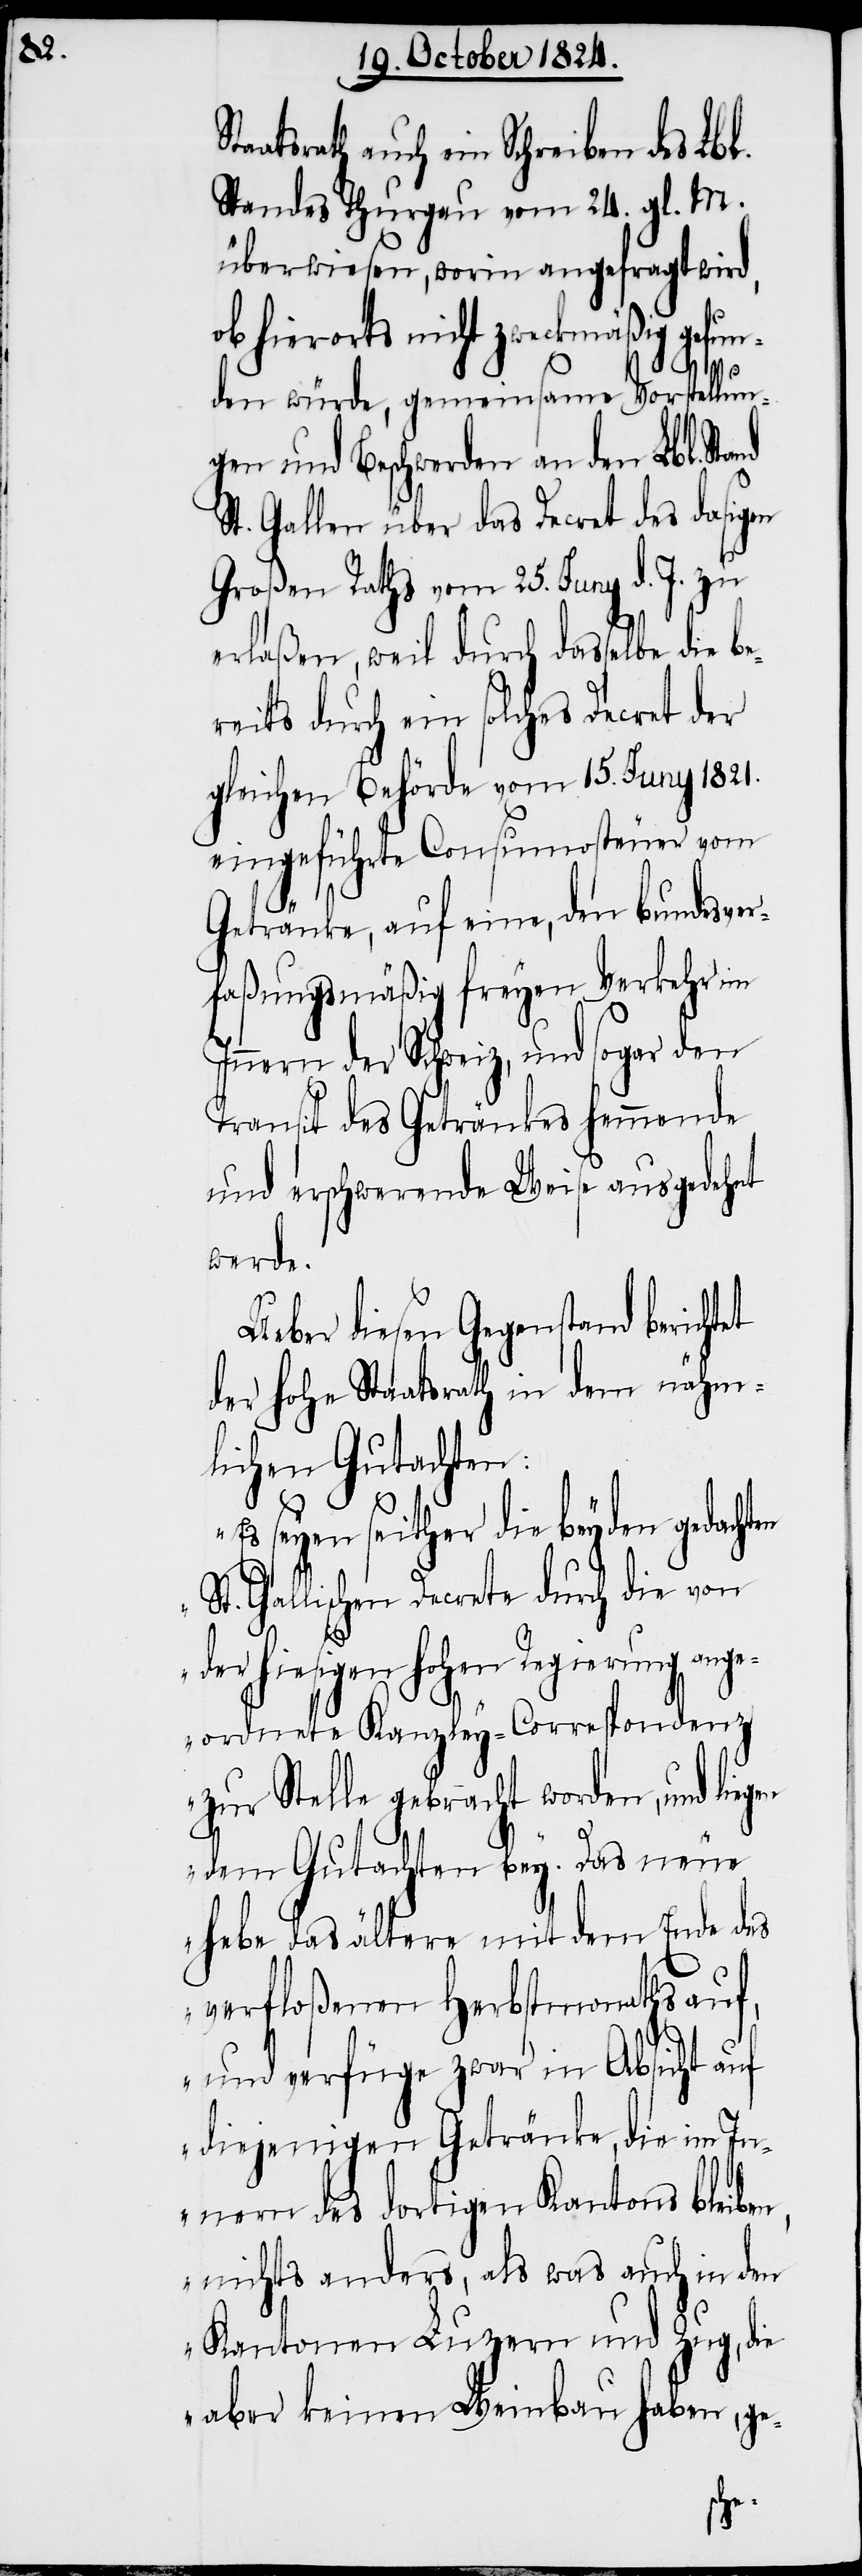
taatsrath auch ein Schreiben des Lbl.
Standes Thurgau vom 24. gl. M.
überwiesen, worin angefragt wird,
ob hierorts nicht zweckmäßig gefun¬
den würde, gemeinsame Vorstellun¬
gen und Beschwerden an den Lbl. Stand
St. Gallen über das Decret des dasigen
Großen Raths vom 25. Juny d. J. zu
erlaßen, weil durch dasselbe die be¬
reits durch ein solches Decret der
gleichen Behörde vom 15. Juny 1821.
eingeführte Consumosteuer vom
gen
Getränke, auf eine, den bundesver¬
faßungsmäßig freyen Verkehr im
Innern der Schweiz, und sogar den
Transit des Getränkes hemmende
und erschwerende Weise ausgedehnt
werde.
Ueber diesen Gegenstand bericht¬
der hohe Staatsrath in dem nähm¬
lichen Gutachten:
seyen seither die beyden gedach¬
St. Gallischen Decrete durch die von
der hiesigen hohen Regierung ange¬
ordnete Kanzley-Correspondenz
zur Stelle gebracht worden, und lie¬
dem Gutachten bey. Das neue
hebe das ältere mit dem Ende des
verfloßenen Herbstmonaths auf,
und verfüge zwar in Absicht auf
diejenigen Getränke, die im In¬
nern des dortigen Kantons bleiben,
nichts anders, als was auch in den
Kantonen Luzern und Zug, die
aber keinen Weinbau haben, ge-